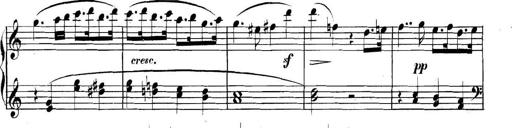
Title: Collected Piano Sonatas
Composer: Muzio Clementi